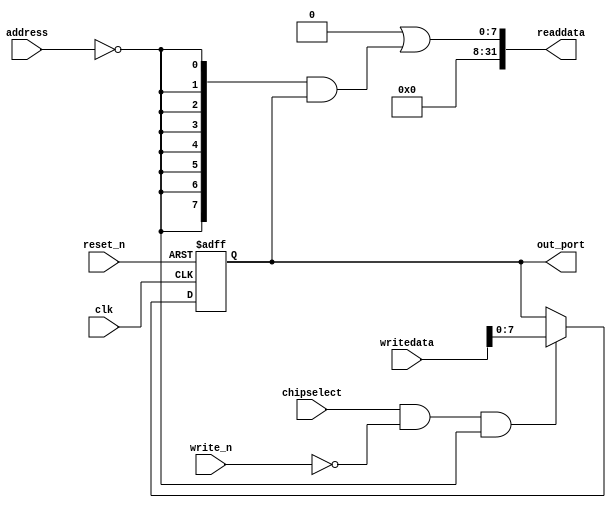
module video_sys_LED (
                        address,
                        chipselect,
                        clk,
                        reset_n,
                        write_n,
                        writedata,
                        out_port,
                        readdata
                     )
;
  output  [  7: 0] out_port;
  output  [ 31: 0] readdata;
  input   [  1: 0] address;
  input            chipselect;
  input            clk;
  input            reset_n;
  input            write_n;
  input   [ 31: 0] writedata;
  wire             clk_en;
  reg     [  7: 0] data_out;
  wire    [  7: 0] out_port;
  wire    [  7: 0] read_mux_out;
  wire    [ 31: 0] readdata;
  assign clk_en = 1;
  assign read_mux_out = {8 {(address == 0)}} & data_out;
  always @(posedge clk or negedge reset_n)
    begin
      if (reset_n == 0)
          data_out <= 0;
      else if (chipselect && ~write_n && (address == 0))
          data_out <= writedata[7 : 0];
    end
  assign readdata = {32'b0 | read_mux_out};
  assign out_port = data_out;
endmodule